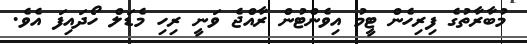
މުބާރާތުގެ ފިރިހެން ޓީމު އިވެންޓުން ރާއްޖެ ވަނީ ރިހި މެޑަލް ހޯދައިފަ އެވެ.